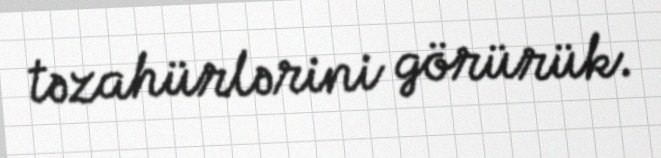
təzahürlərini görürük.